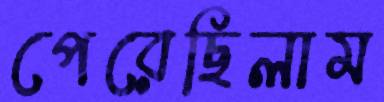
পেরেছিলাম